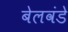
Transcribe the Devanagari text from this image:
बेलवंडे